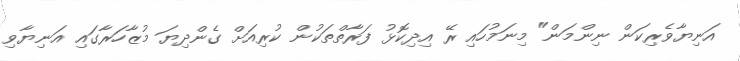
އަނިޔާވެރިކަން ނިންމަން" މިނަމުހައި ރޭ އިދިކޮޅު ފަރާތްތަކުން ކުރިއަށް ގެންދިޔަ މުޒާހަރާގައި އަނިޔާވި